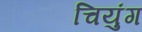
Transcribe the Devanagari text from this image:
चियुंग